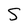
Character: S